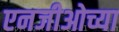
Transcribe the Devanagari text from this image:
एनजीओच्या